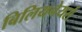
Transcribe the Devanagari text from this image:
बिलियनेयर्स